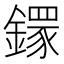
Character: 𨬸